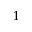
^ { 1 }